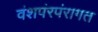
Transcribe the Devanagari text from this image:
वंशपंरपंरागत